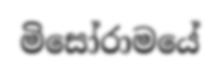
මිසෝරාමයේ